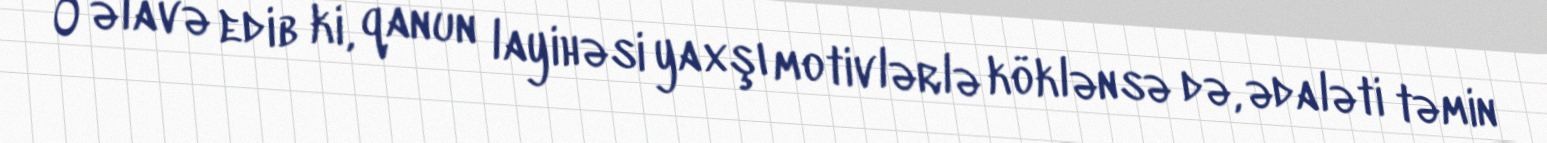
O əlavə edib ki, qanun layihəsi yaxşı motivlərlə köklənsə də, ədaləti təmin